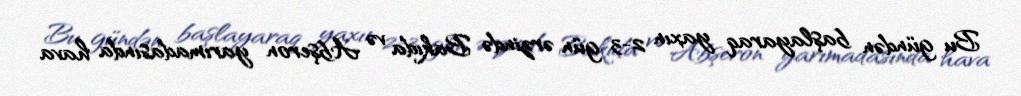
Bu gündən başlayaraq yaxın 2-3 gün ərzində Bakıda və Abşeron yarımadasında hava